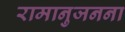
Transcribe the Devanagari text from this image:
रामानुजनना